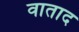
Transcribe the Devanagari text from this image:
वाताद